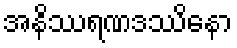
အနိဿရဏဒဿိနော